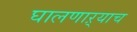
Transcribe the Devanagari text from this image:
घालणाऱ्याच